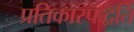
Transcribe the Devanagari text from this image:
प्रतिकारपद्धति